Black-water fever - Number 35
Disease focus: Fever
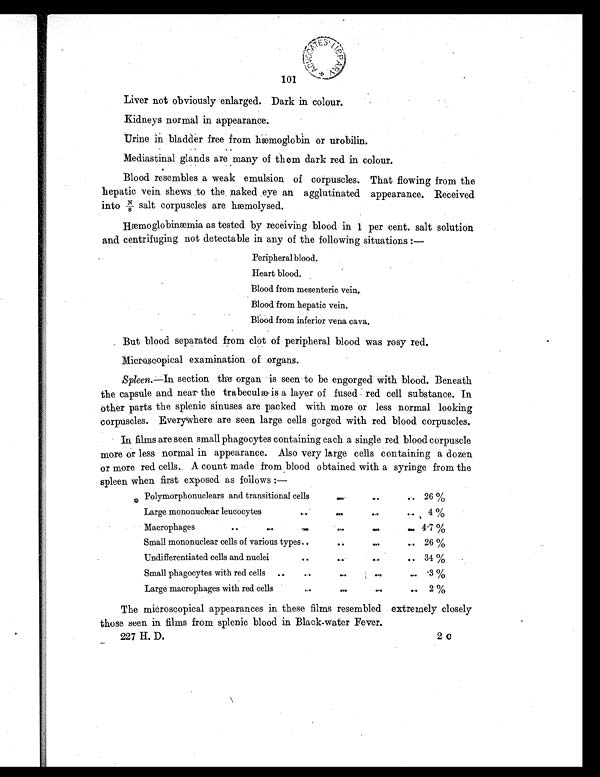
101
Liver not obviously enlarged. Dark in colour.
Kidneys normal in appearance.
Urine in bladder free from hæmoglobin or urobilin.
Mediastinal glands are many of them dark red in colour.
Blood resembles a weak emulsion of corpuscles. That flowing from the
hepatic vein shews to the naked eye an agglutinated appearance. Received
into N/8 salt corpuscles are hæmolysed.
Hæmoglobinæmia as tested by receiving blood in 1 per cent. salt solution
and centrifuging not detectable in any of the following situations:-
•
Peripheral blood.
Heart blood.
Blood from mesenteric vein.
Blood from hepatic vein.
Blood from inferior vena cava.
But blood separated from clot of peripheral blood was rosy red.
Microscopical examination of organs.
Spleen .—In section the organ is seen to be engorged with blood. Beneath
the capsule and near the trabeculæ is a layer of fused red cell substance. In
other parts the splenic sinuses are packed with more or less normal looking
corpuscles. Everywhere are seen large cells gorged with red blood corpuscles.
In films are seen small phagocytes containing each a single red blood corpuscle
more or less normal in appearance. Also very large cells containing a dozen
or more red cells. A count made from blood obtained with a syringe from the
spleen when first exposed as follows :—
Polymorphonuclears and transitional cell
. .
. .
. . 26%
Large mononuclear leucocytes
. .
. .
. . 4%
Macrophages
..
..
..
. .
. .
. . 4.7%
Small mononuclear cells of various types..
. .
. .
. . 26%
Undifferentiated cells and nuclei
. .
. .
.. 34%
Small phagocytes with red cells ..
..
. .
. .
. . .3%
Large macrophages with red cells
..
. .
. . .
. . 2%
The microscopical appearances in these films resembled extremely closely
those seen in films from splenic blood in Black-water Fever.
227 II. D.
2c